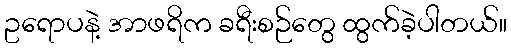
ဥရောပနဲ့ အာဖရိက ခရီးစဉ်တွေ ထွက်ခဲ့ပါတယ်။